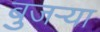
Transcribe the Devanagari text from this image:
बुजऱ्या